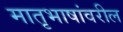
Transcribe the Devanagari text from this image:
मातृभाषांवरील